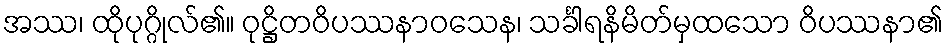
အဿ၊ ထိုပုဂ္ဂိုလ်၏။ ဝုဋ္ဌိတဝိပဿနာဝသေန၊ သင်္ခါရနိမိတ်မှထသော ဝိပဿနာ၏